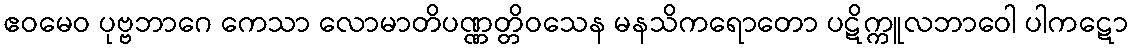
ဧဝမေဝ ပုဗ္ဗဘာဂေ ကေသာ လောမာတိပဏ္ဏတ္တိဝသေန မနသိကရောတော ပဋိက္ကူလဘာဝေါ ပါကဋော